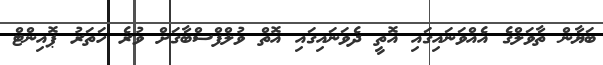
ބަޔާން ތާވަލްގެ އެއްވަނައިގައި އޮތީ ދެވަނައިގައި އޮތް ވުލްފްސްބާގަށް ވުރެ ހަތަރު ޕޮއިންޓް